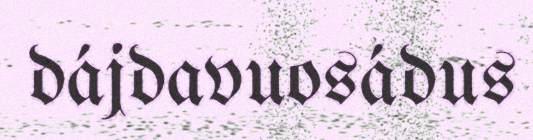
dájdavuosádus